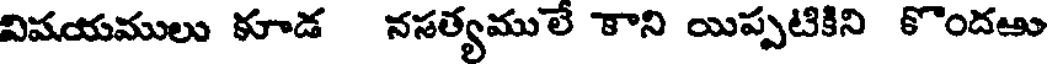
విషయములు కూడ నసత్యములే కాని యిప్పటికిని కొందఱు